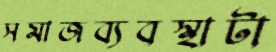
সমাজব্যবস্থাটা